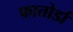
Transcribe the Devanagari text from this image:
फातोर्डा